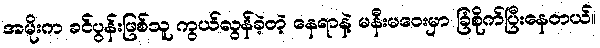
အမိုးက ခင်ပွန်းဖြစ်သူ ကွယ်လွန်ခဲ့တဲ့ နေရာနဲ့ မနီးမဝေးမှာ ခြံစိုက်ပြီးနေတယ်။